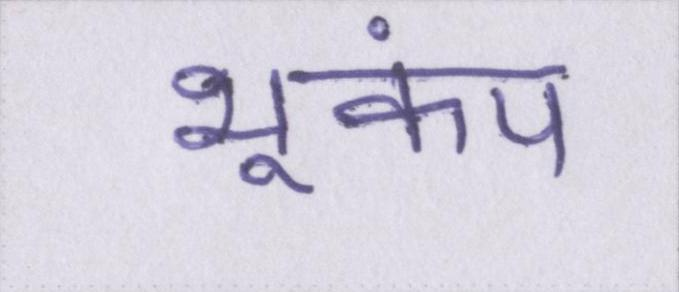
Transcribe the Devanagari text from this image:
भूकंप